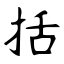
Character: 括